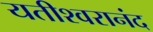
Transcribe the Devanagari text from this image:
यतीश्वरानंद